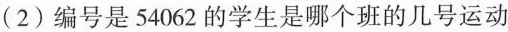
(2)编号是54062的学生是哪个班的几号运动